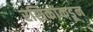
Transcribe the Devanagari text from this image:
रसिकांकडून